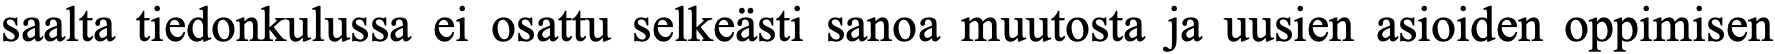
saalta tiedonkulussa ei osattu selkeästi sanoa muutosta ja uusien asioiden oppimisen